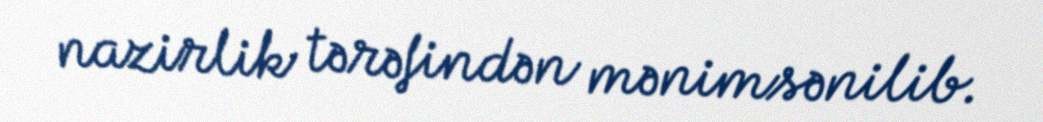
nazirlik tərəfindən mənimsənilib.